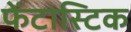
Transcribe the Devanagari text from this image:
फेंटास्टिक